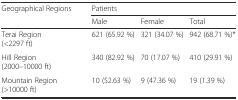
<table><thead><tr><td rowspan="2"><b>Geographical Regions</b></td><td colspan="3"><b>Patients</b></td></tr><tr><td><b>Male</b></td><td><b>Female</b></td><td><b>Total</b></td></tr></thead><tbody><tr><td>Terai Region (&lt;2297 ft)</td><td>621 (65.92 %)</td><td>321 (34.07 %)</td><td>942 (68.71 %)*</td></tr><tr><td>Hill Region (2000–10000 ft)</td><td>340 (82.92 %)</td><td>70 (17.07 %)</td><td>410 (29.91 %)</td></tr><tr><td>Mountain Region (&gt;10000 ft)</td><td>10 (52.63 %)</td><td>9 (47.36 %)</td><td>19 (1.39 %)</td></tr></tbody></table>